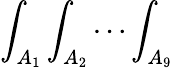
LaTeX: \int_{A_{1}}\int_{A_{2}}\dotsi\int_{A_{9}}